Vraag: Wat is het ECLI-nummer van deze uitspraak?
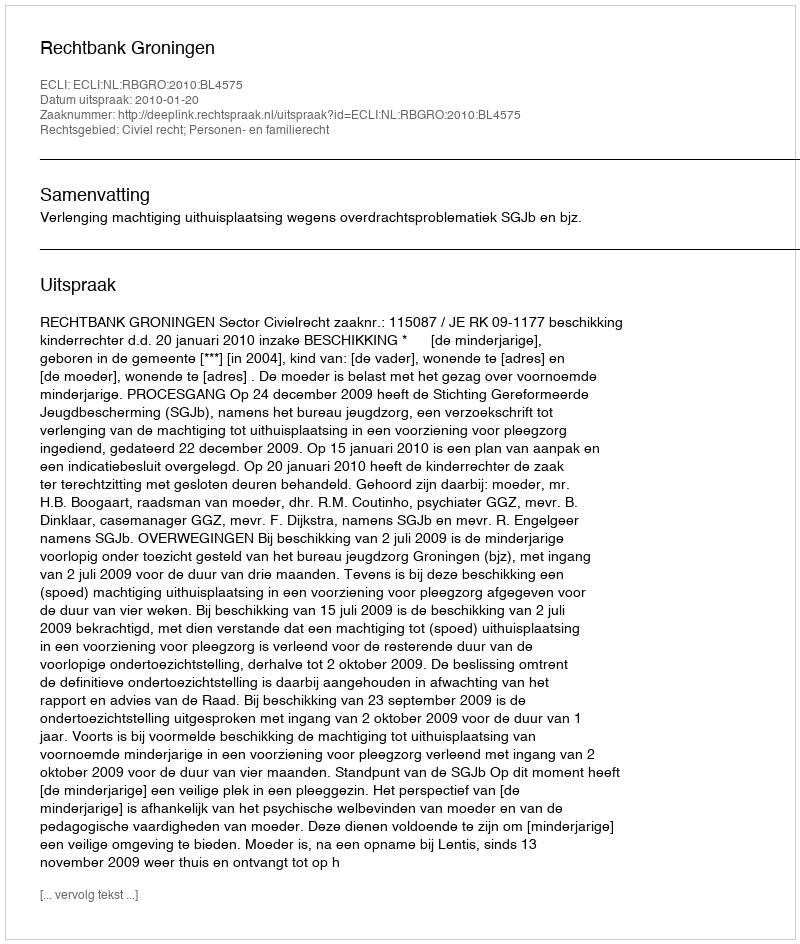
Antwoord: ECLI:NL:RBGRO:2010:BL4575